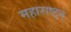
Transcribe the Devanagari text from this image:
महाराष्ट्न्